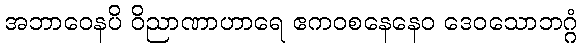
အဘာဝေနပိ ဝိညာဏာဟာရေ ဧကဝစနေနေဝ ဒေဝသောဘဂ္ဂံ